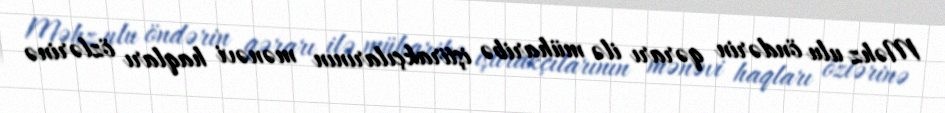
Məhz ulu öndərin qərarı ilə müharibə iştirakçılarının mənəvi haqları özlərinə